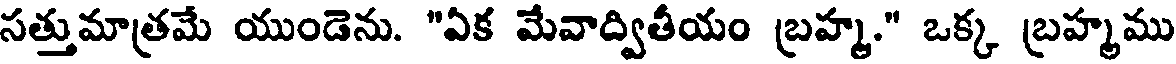
సత్తుమాత్రమే యుండెను. "ఏక మేవాద్వితీయం బ్రహ్మ." ఒక్క బ్రహ్మము